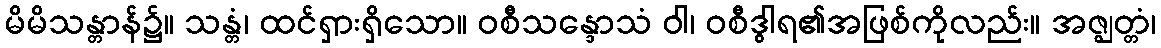
မိမိသန္တာန်၌။ သန္တံ၊ ထင်ရှားရှိသော။ ဝစီသန္ဒောသံ ဝါ၊ ဝစီဒွါရ၏အဖြစ်ကိုလည်း။ အဇ္ဈတ္တံ၊